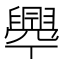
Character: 𦦞